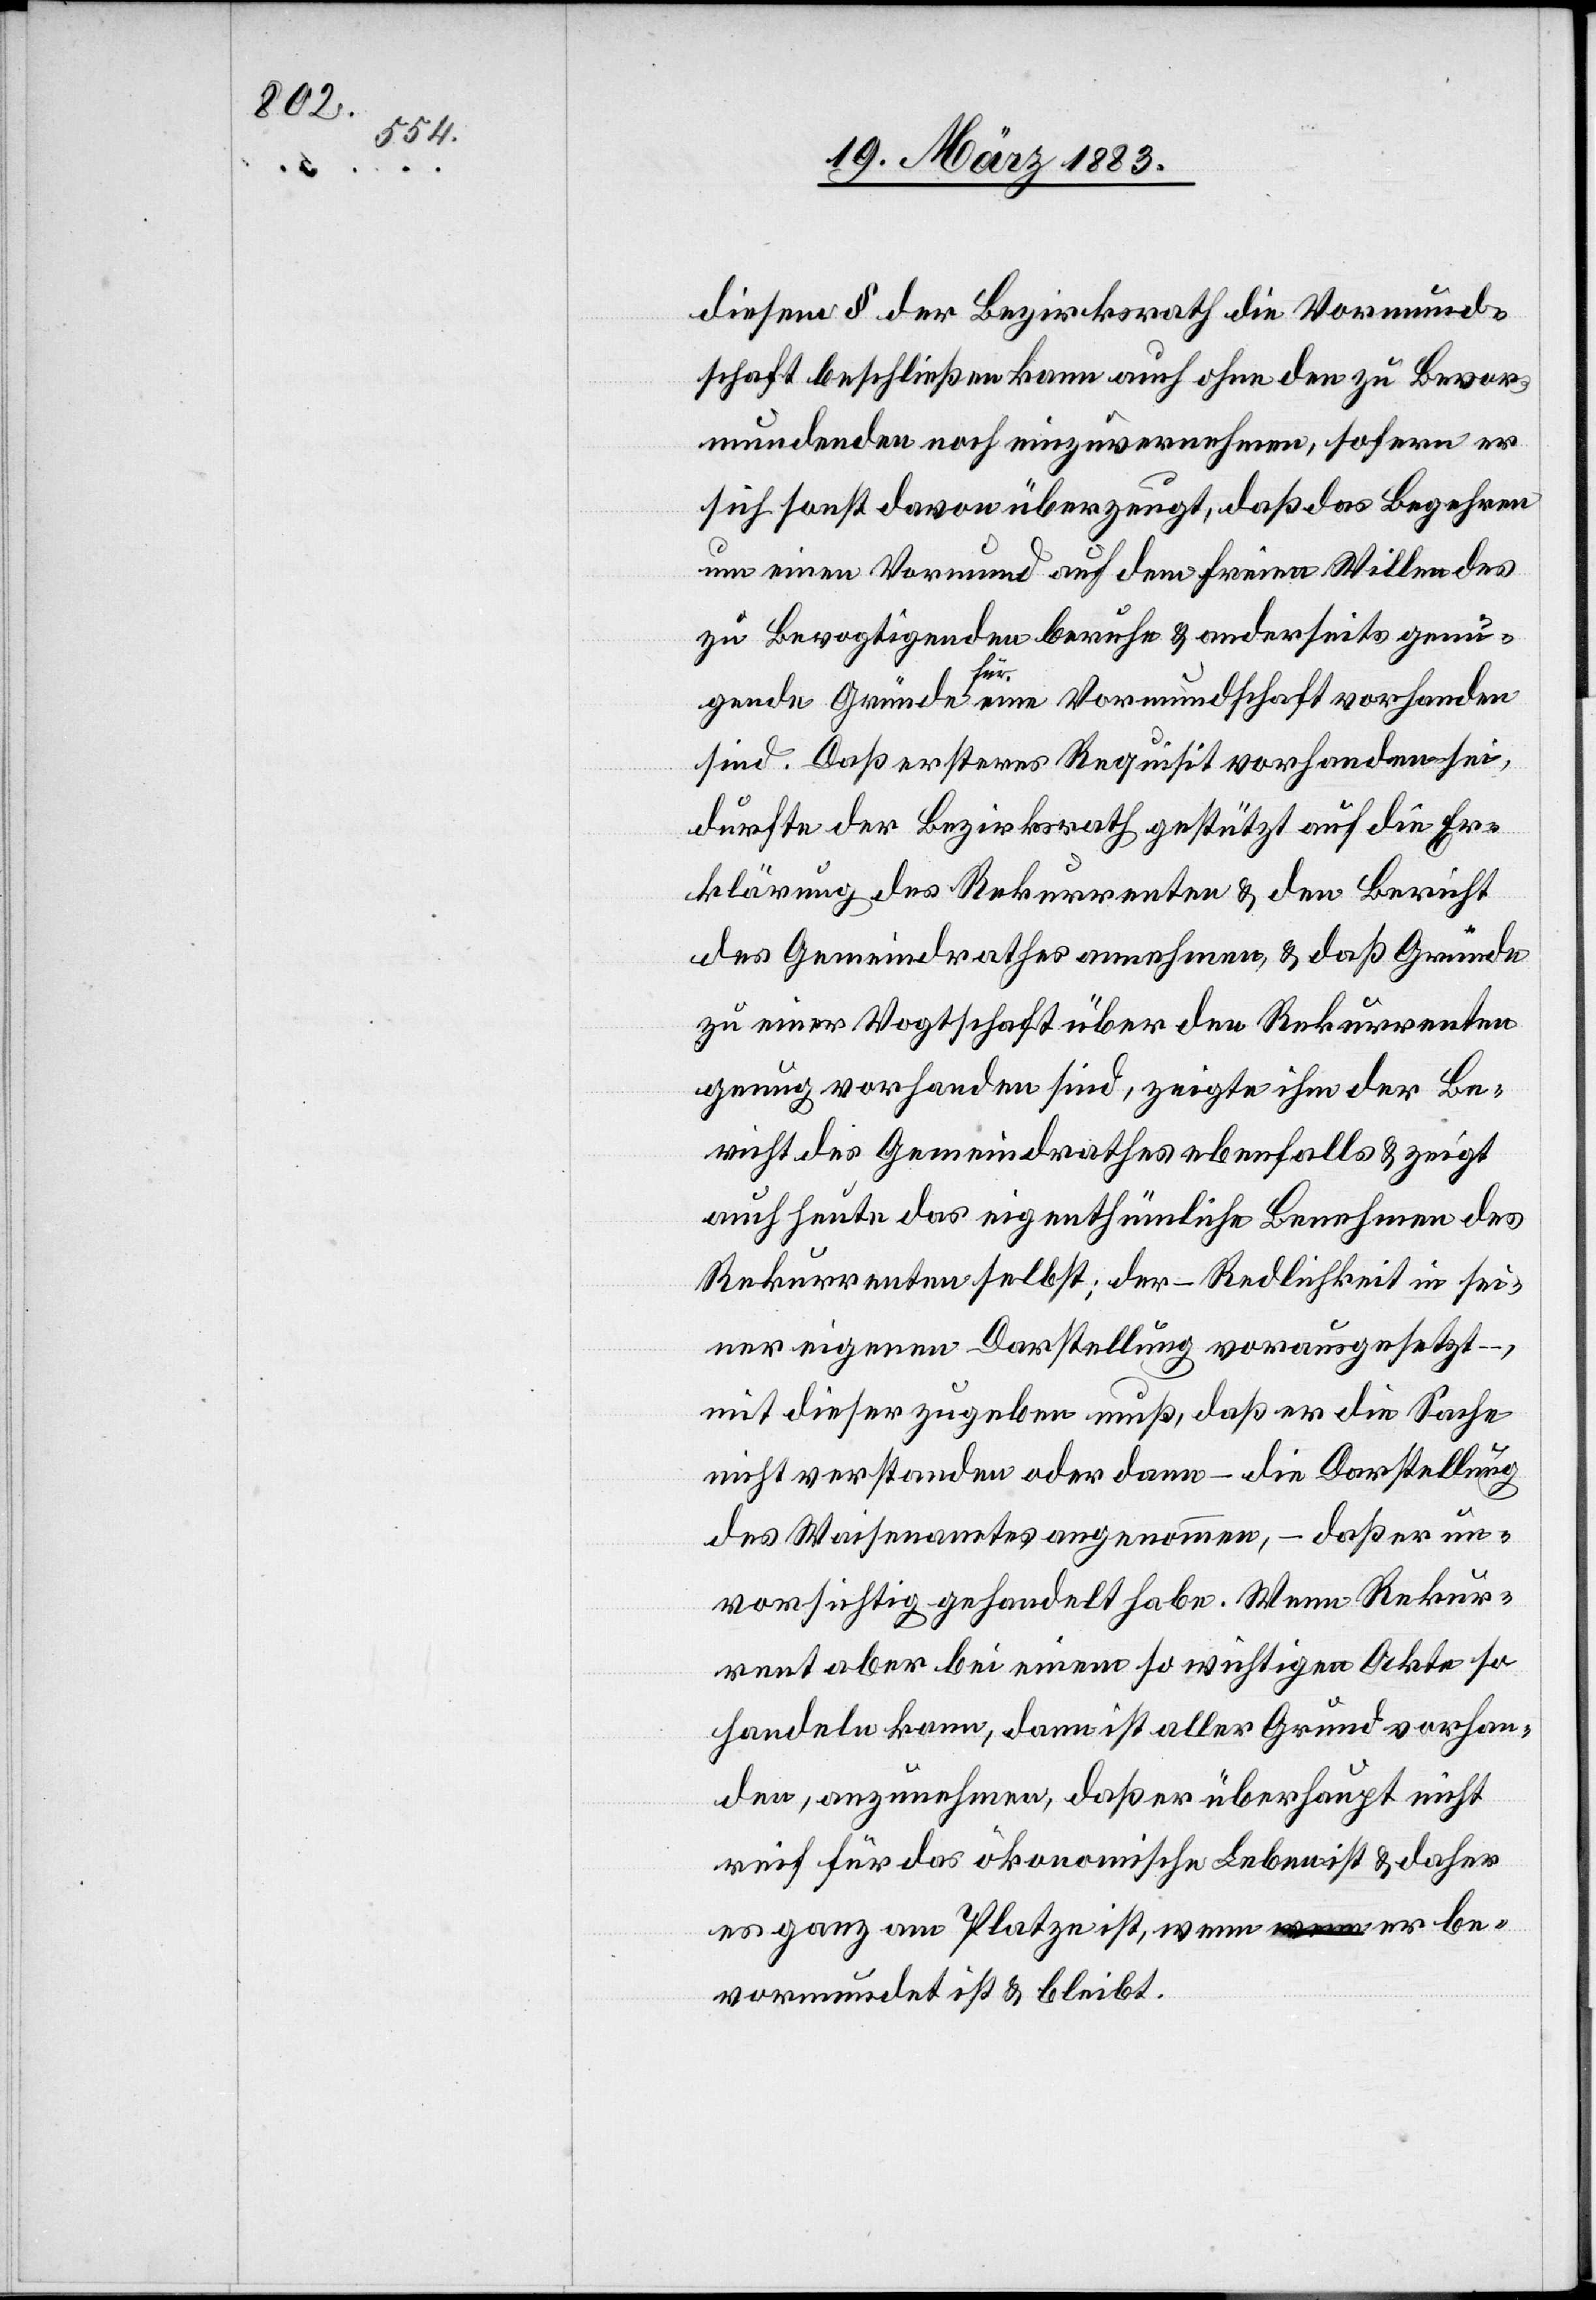
diesem § der Bezirksrath die Vormund¬
schaft beschließen kann auch ohne den zu Bevor¬
mundenden noch einzuvernehmen, sofern er
sich sonst davon überzeugt, daß das Begehren
um einen Vormund auf dem freien Willen des
zu Bevogtigenden beruhe & anderseits genü¬
gende Gründe für eine Vormundschaft vorhanden
sind. Daß ersteres Requisit vorhanden sei,
durfte der Bezirksrath gestützt auf die Er¬
klärung des Rekurrenten & den Bericht
des Gemeindrathes annehmen, & daß Gründe
zu einer Vogtschaft über den Rekurrenten
genung vorhanden sind, zeigte ihm der Be¬
richt des Gemeindrathes ebenfalls & zeigt
auch heute das eigenthümliche Benehmen des
Rekurrenten selbst; der – Redlichkeit in sei¬
ner eigenen Darstellung vorausgesetzt
mit dieser zugeben muß, daß er die Sache
nicht verstanden oder dann – die Darstellung
des Waisenamtes angenommen, – daß er un¬
vorsichtig gehandelt habe. Wenn Rekur¬
rent aber bei einem so wichtigen Akt so
handeln kann, dann ist aller Grund vorhan¬
den, anzunehmen, daß er überhaupt nicht
reif für das ökonomische Leben ist & daher
es ganz am Platze ist, wenn er be¬
vormundet ist & bleibt.